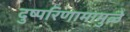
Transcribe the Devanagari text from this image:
दुष्परिणामामुळे